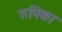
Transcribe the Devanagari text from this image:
रुपिका